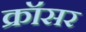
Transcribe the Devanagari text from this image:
क्रॉसर